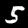
Digit: 5